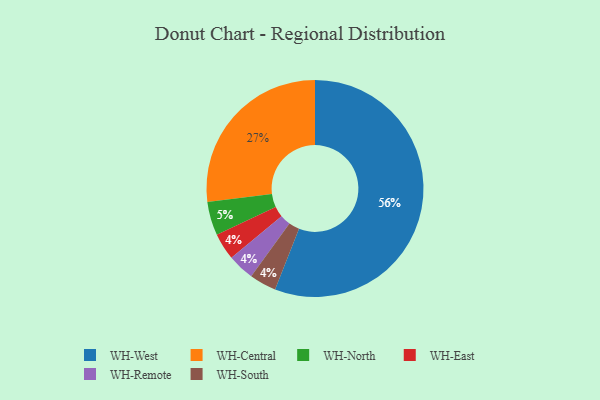
{"axis": {"x": "Category", "y": "Percentage"}, "legend": ["WH-Central", "WH-East", "WH-North", "WH-Remote", "WH-South", "WH-West"], "data": [{"x": "WH-East", "y": 4, "type": "WH-East"}, {"x": "WH-Remote", "y": 4, "type": "WH-Remote"}, {"x": "WH-West", "y": 56, "type": "WH-West"}, {"x": "WH-South", "y": 4, "type": "WH-South"}, {"x": "WH-Central", "y": 27, "type": "WH-Central"}, {"x": "WH-North", "y": 5, "type": "WH-North"}]}